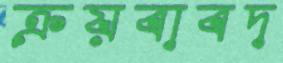
ক্রয়বাবদ